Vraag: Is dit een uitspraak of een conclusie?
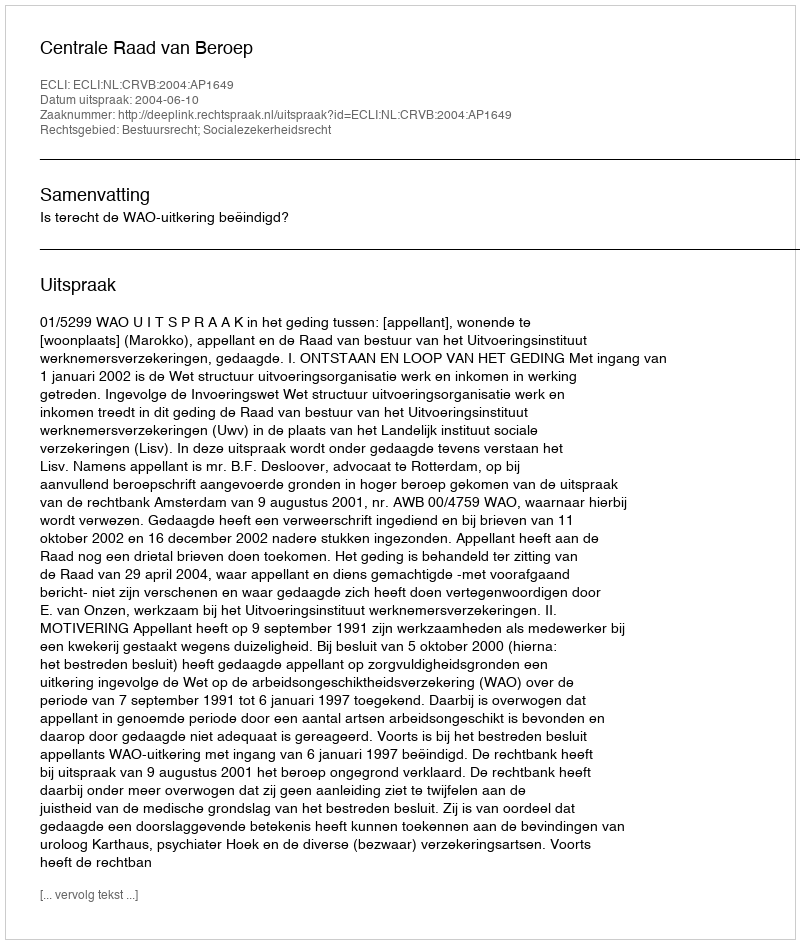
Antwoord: Uitspraak